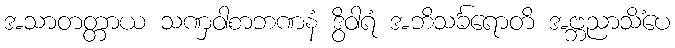
အသာတတ္တာယ သဏှဝါစာဘဏနံ ဒွိဝါရံ အဘိသင်္ခရောတိ အဗ္ဘညာသိံပေ